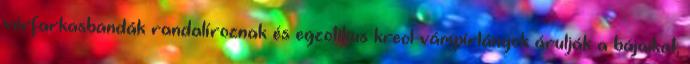
vérfarkasbandák randalíroznak és egzotikus kreol vámpírlányok árulják a bájaikat;